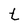
Character: t